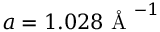
a = 1 . 0 2 8 \mathrm { ~ \AA ~ } ^ { - 1 }